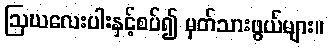
ဩဃလေးပါးနှင့်စပ်၍ မှတ်သားဖွယ်များ။